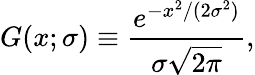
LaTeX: G(x;\sigma)\equiv{\frac{e^{-x^{2}/(2\sigma^{2})}}{\sigma{\sqrt{2\pi}}}},